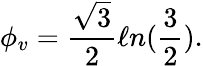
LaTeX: \phi_{v}=\frac{\sqrt 3}{2}\ell n({\frac 32}).